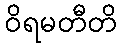
ဝိရမတီတိ